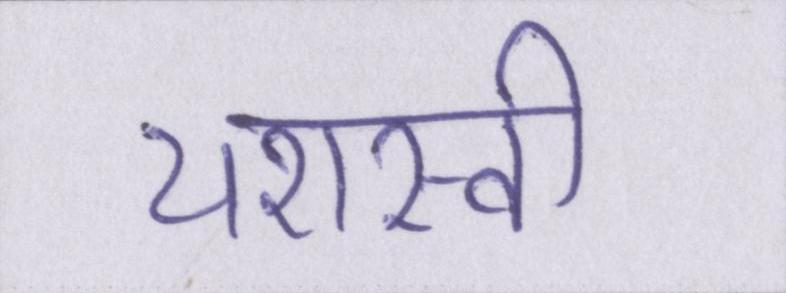
यशस्वी